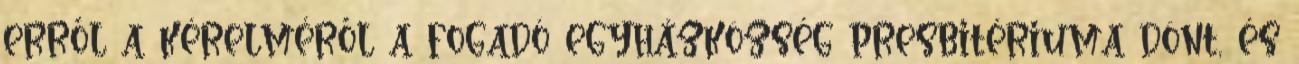
erről a kérelméről a fogadó egyházközség presbitériuma dönt, és